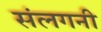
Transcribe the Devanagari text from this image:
संलगनी